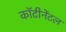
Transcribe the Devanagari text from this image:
कॉटीनेंटल